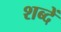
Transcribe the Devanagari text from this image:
शब्दें